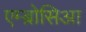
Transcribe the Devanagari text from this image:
एम्ब्रोसिआ